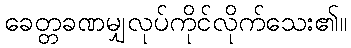
ခေတ္တခဏမျှလုပ်ကိုင်လိုက်သေး၏။